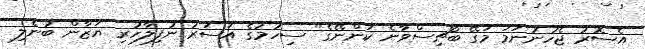
އެސޮރު ޖެހުނުނަމަ މަގޭ ބޯޗިސްވާނެ ކަންނޭގެ" ސިހުމުގެ އަސަރު ނުފިލާހުރި ޔަޒާން ބުނެލި